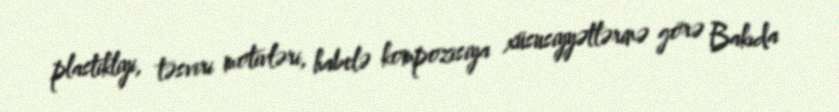
plastikliyi, təsviri motivləri, habelə kompozisiya xüsusiyyətlərinə görə Bakıda